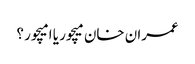
عمران خان میچور یا امیچور ؟